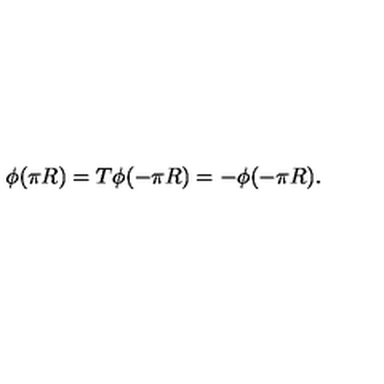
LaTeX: \phi ( \pi R ) = T \phi ( - \pi R ) = - \phi ( - \pi R ) .